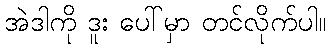
အဲဒါကို ဒူး ပေါ်မှာ တင်လိုက်ပါ။